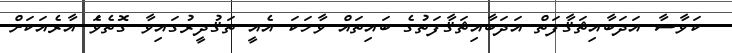
ކަވާސާ އަދަބާއިޘަޤާފަތް އަދަބާއިޘަޤާފަތުގެ ބައިތައް ވާހަކަ އެއީ ތަޤުދީރުގައިވާ ގޮތެވެަ އާރެއަކަށް